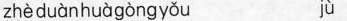
zhèduànhuàgòngyǒu